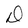
Character: D